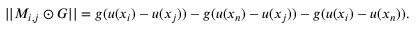
| | M _ { i , j } \odot G | | = g ( u ( x _ { i } ) - u ( x _ { j } ) ) - g ( u ( x _ { n } ) - u ( x _ { j } ) ) - g ( u ( x _ { i } ) - u ( x _ { n } ) ) .